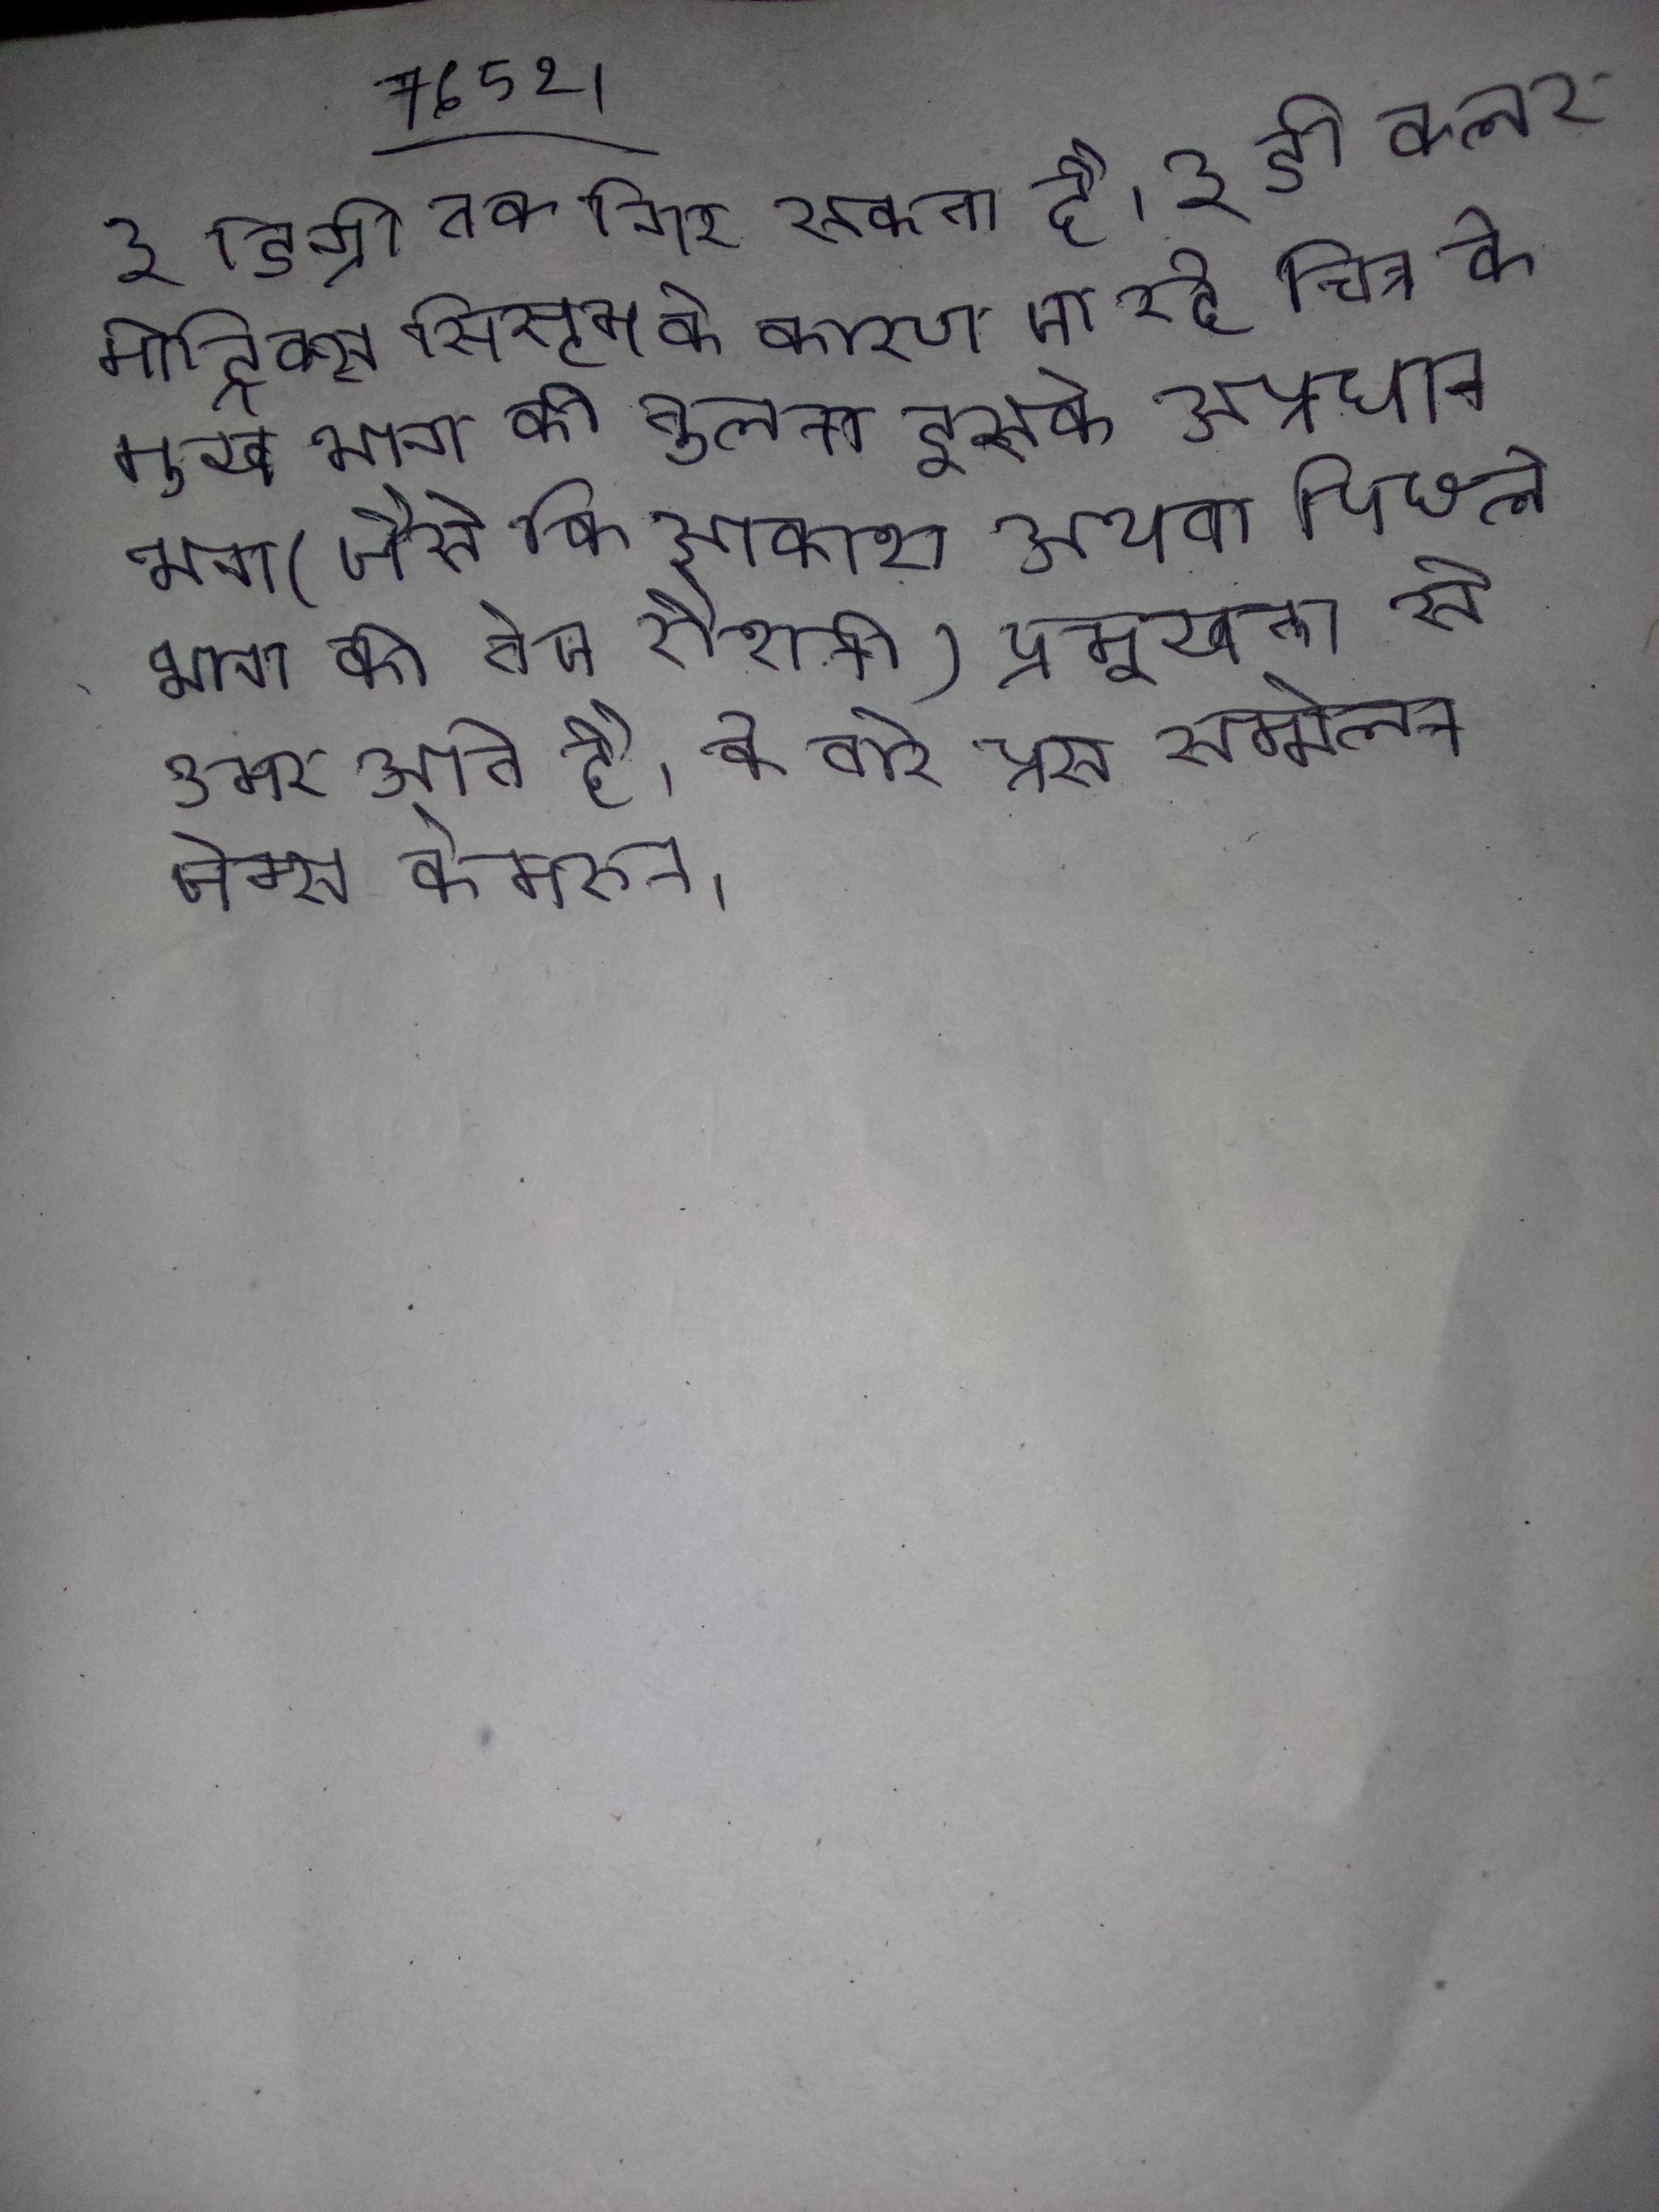
३ डिग्री तक गिर सकता है । ३ डी कलर मेट्रिक्स सिस्टम के कारण जा रहे चित्र के मुख्य भाग की तुलना इसके अप्रधान भग (जैसे कि आकाश अथवा पिछले भाग की तेज रौशनी) प्रमुखता से उभर आते है । के बारे प्रेस सम्मेलन जेम्स कैमरुन ।